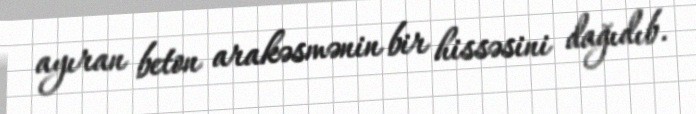
ayıran beton arakəsmənin bir hissəsini dağıdıb.